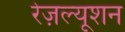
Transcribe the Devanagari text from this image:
रेज़ल्यूशन